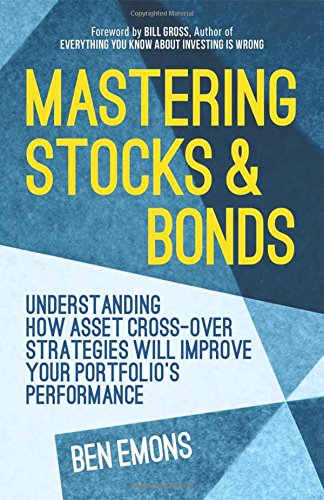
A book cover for Mastering Stocks and Bonds: Understanding How Asset Cross-Over Strategies Will Improve Your Portfolio's Performance; Ben Emons; Business & Money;